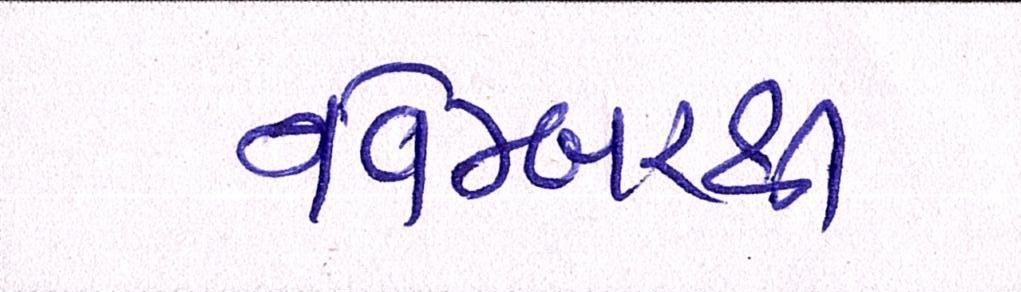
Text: નવેમ્બરથી